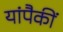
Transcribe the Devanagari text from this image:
यांपैकीं